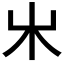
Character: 𣎵